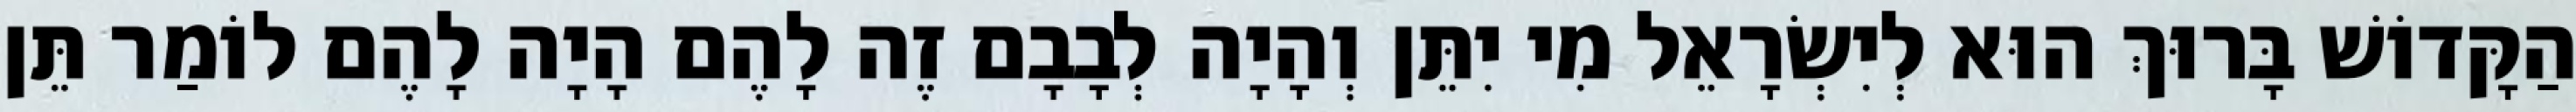
הַקָּדוֹשׁ בָּרוּךְ הוּא לְיִשְׂרָאֵל מִי יִתֵּן וְהָיָה לְבָבָם זֶה לָהֶם הָיָה לָהֶם לוֹמַר תֵּן